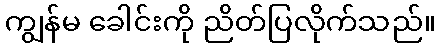
ကျွန်မ ခေါင်းကို ညိတ်ပြလိုက်သည်။